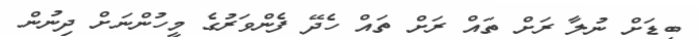
ބިޑަށް ނުލާ ރަށް ތައް ރަށް ތައް ހެދޭ ފެންވަރުގެ މީހުންނަށް ދިނުން